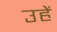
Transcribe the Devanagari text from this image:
उहें